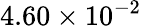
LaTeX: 4.60\times 10^{-2}